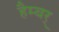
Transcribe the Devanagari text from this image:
हैम्बर्